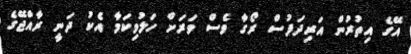
އޭގެ އިތުރުން އަރިދަފުސް ރޯގާ ވެސް ވަރަށް ހަލުވިކަމާ އެކު ދަނީ ރާއްޖޭގެ